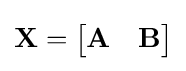
\mathbf {X} ={\begin{bmatrix}\mathbf {A} &\mathbf {B} \end{bmatrix}}